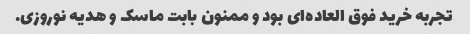
تجربه خرید فوق العاده‌ای بود و ممنون بابت ماسک و هدیه نوروزی.